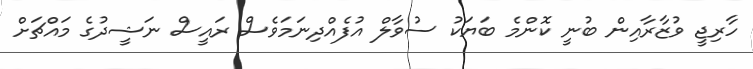
ހާރިޖީ ވުޒާރާއިން ބުނީ ކޮންމެ ބަޔަކު ސުވާލް އުފެއްދިނަމަވެސް ރައީސް ނަޝީދުގެ މައްޗަށް